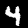
Label: 4